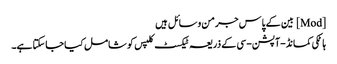
[Mod] بین کے پاس جرمن وسائل ہیں
ہاٹکی کمانڈ-آپشن-سی کے ذریعہ ٹیکسٹ کلپس کو شامل کیا جاسکتا ہے۔